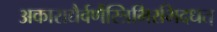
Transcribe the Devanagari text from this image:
अकाराद्यैर्वर्णैस्त्रिभिरभिदधत्